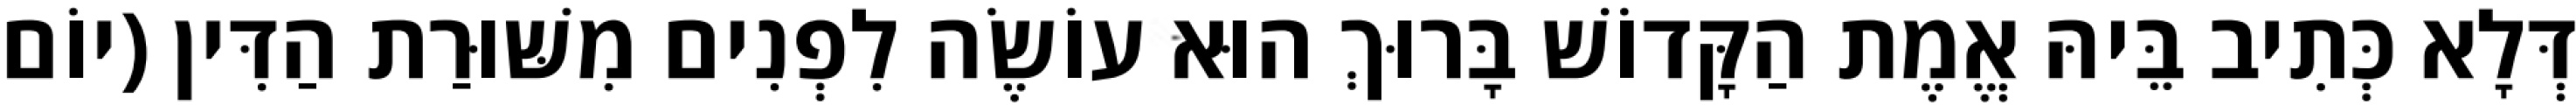
דְּלָא כְּתִיב בֵּיהּ אֱמֶת הַקָּדוֹשׁ בָּרוּךְ הוּא עוֹשֶׂה לִפְנִים מִשּׁוּרַת הַדִּין (יוֹם